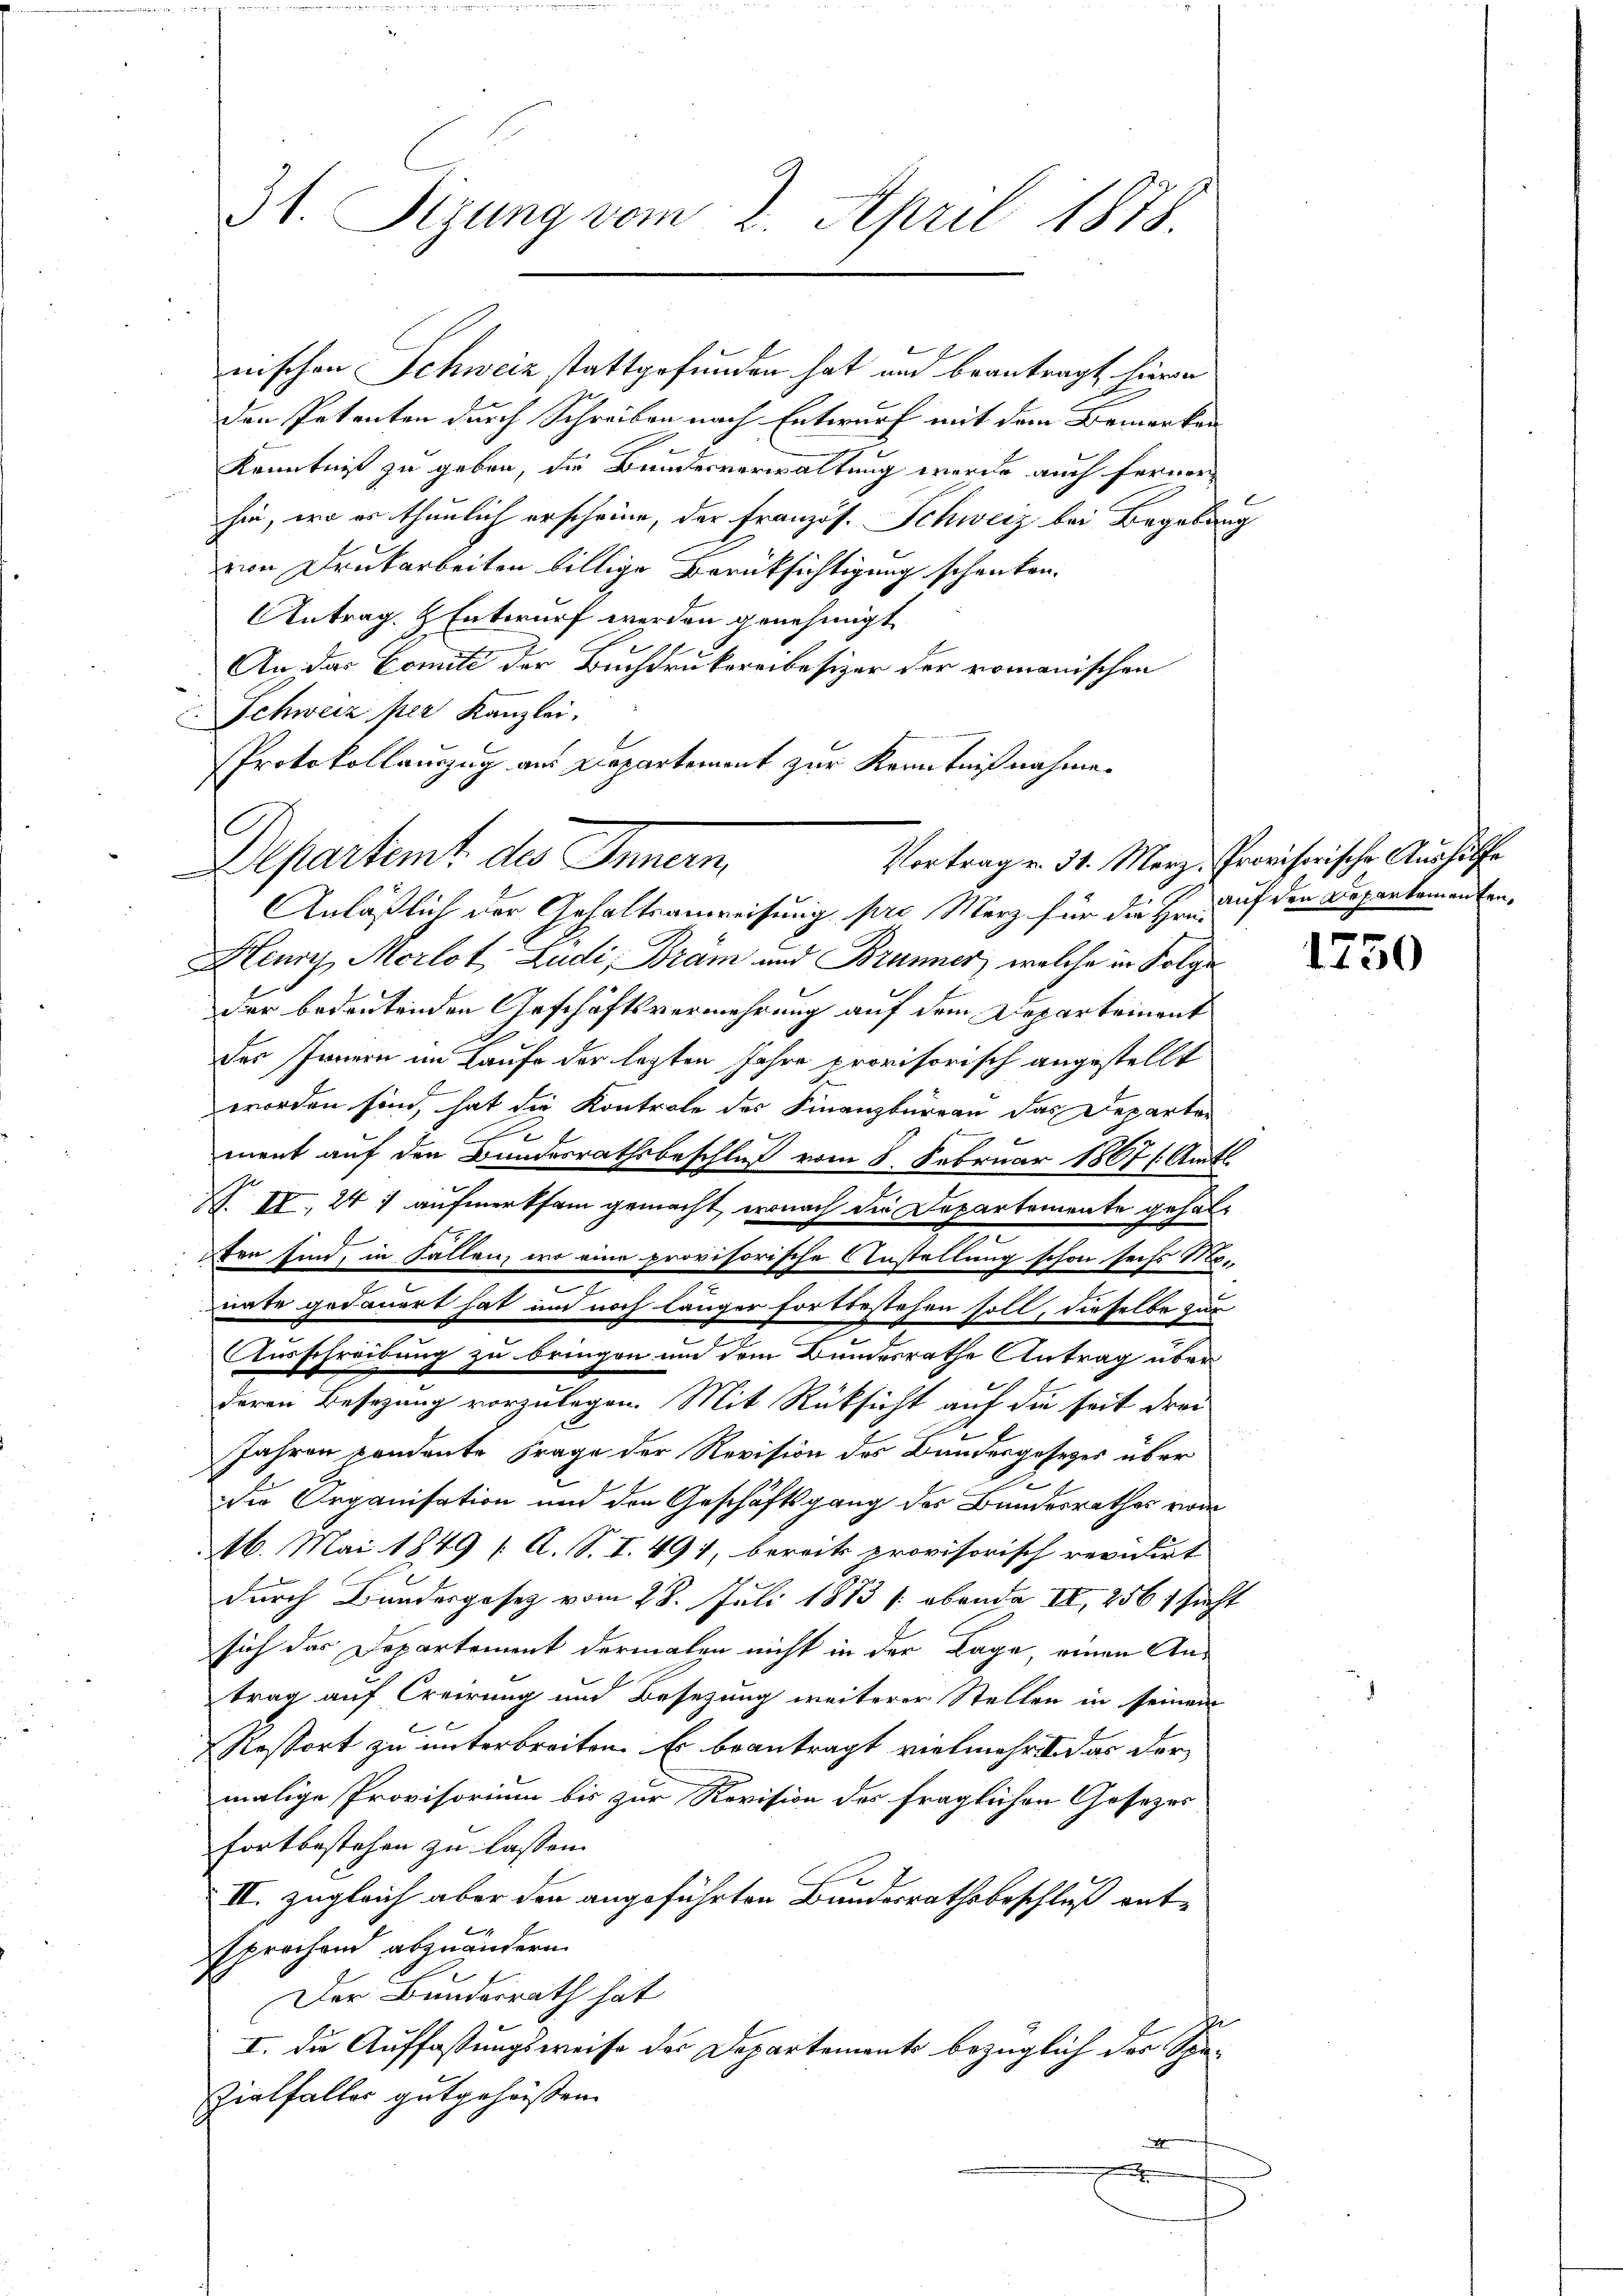
31. Sizung vom 2. April 1878.

G

nischen Schweiz stattgefunden hat und beantragt hiera
den Petenten durch Schreiben nach Entwurf mit dem Bemerken
Kenntniß zu geben, die Bundesverwaltung werde auch ferner
hin, wo es thunlich erscheine, der Französ. Schweiz bei Begabung
von Drukarbeiten billige Berüksichtigung schenken.
Antrag. Entwurf werden genehmigt
An das Comite der Buchdrukereibesizer der romanischen
Schweiz per Kanzlei.
Protokollauszug aus Departement zur Kenntnißnahme.
Departent des Innern,
Anläßlich der Gehaltsanweisung pro Merz für die Hrn. auf der Departamenten,
Henny, Morlot Ludi, Bräm und Brunner, welche in Folge
der bedeutenden Geschäftsvermehrung auf dem Departement
der Innern im Laufe der lezten Jahre provisorisch angestellt
worden sind, hat die Kontrole des Finanzbüreau das Departen
ment auf den Bundesrathsbeschluß vom 8. Februar 1867 (Amts
V. II., 247 aufmerksam gemacht, wonach die Departemente gehal¬
1
ten sind, in Fallen, wo eine provisorische Anstellung schon sechs Mo-
nate gedauert hat und noch länger fortbestehen soll, dieselbe zur
Ausschreibung zu bringen um dem Bundesrathe Antrag über
deren Besetzung vorzulegen. Mit Rücksicht auf die seit drei
Jahren vendente Frage der Revision des Bundesgesezes über
Die Organisation und den Geschäftsgang des Bundesrathes von
16. Mai 1849 [ A. S. I. 491, bereits provisorisch revidirt
durch Bundergesetz vom 28. Juli 1883 (obenda II, 256 / sicht
sich das Departement dermalen nicht in der Lage, einen Antrag auf Creirung und Besetzung weiterer Stellen in seinem
Ressort zu unterbreiten. Es beantragt vielmehrte das der
malige Provisorium bis zur Revision des fraglichen Gesezes
fortbestehen zu lassen.
III. zugleich aber den angeführten Bundesrathsbeschluß entsprochen abzuändern.
Der Bundesrath hat
e
I. Die Auffassungsweise des Departements bezüglich des Spe-
Zielfaller gutgeheissen.
e
e

Vortrag v. 31. März, Provisorische Aushülfe

1750